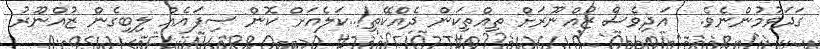
ގަދަވުމުންނެވެ.  އަދިވެސް ޒުއްނޫރަށް ތިއްތިކަން ދެއްކޭތި!..ކަލެއަށް ކޮން ސިފައެއް ލިބިގެން ޒުއްނޫރު